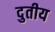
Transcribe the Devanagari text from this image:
दुतीय